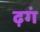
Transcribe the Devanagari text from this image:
ढ़गं